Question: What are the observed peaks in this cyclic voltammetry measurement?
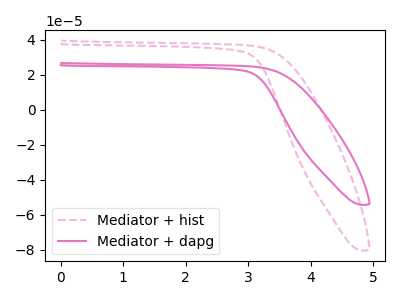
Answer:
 <answer>The pink dashed curve "Mediator + hist" has no peaks. The pink curve "Mediator + dapg" has no peaks.</answer>
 <eval></eval>